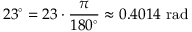
2 3 ^ { \circ } = 2 3 \cdot { \frac { \pi } { 1 8 0 ^ { \circ } } } \approx 0 . 4 0 1 4 { \mathrm { ~ r a d } }